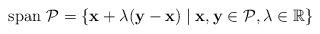
LaTeX: \begin{align*}\mathrm{span}~\mathcal{P} = \{ \mathbf{x} + \lambda (\mathbf{y}-\mathbf{x}) \mid \mathbf{x}, \mathbf{y} \in \mathcal{P}, \lambda \in \mathbb{R} \}\end{align*}